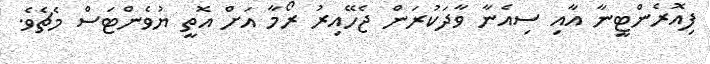
ފިއޮރެންޓީނާ އާއި ސިއެނާ ވާދަކުރަން ޖެހޭއިރު ރޯމާ އަށް އޮތީ ޔުވެންޓަސް މެޗެވެ.